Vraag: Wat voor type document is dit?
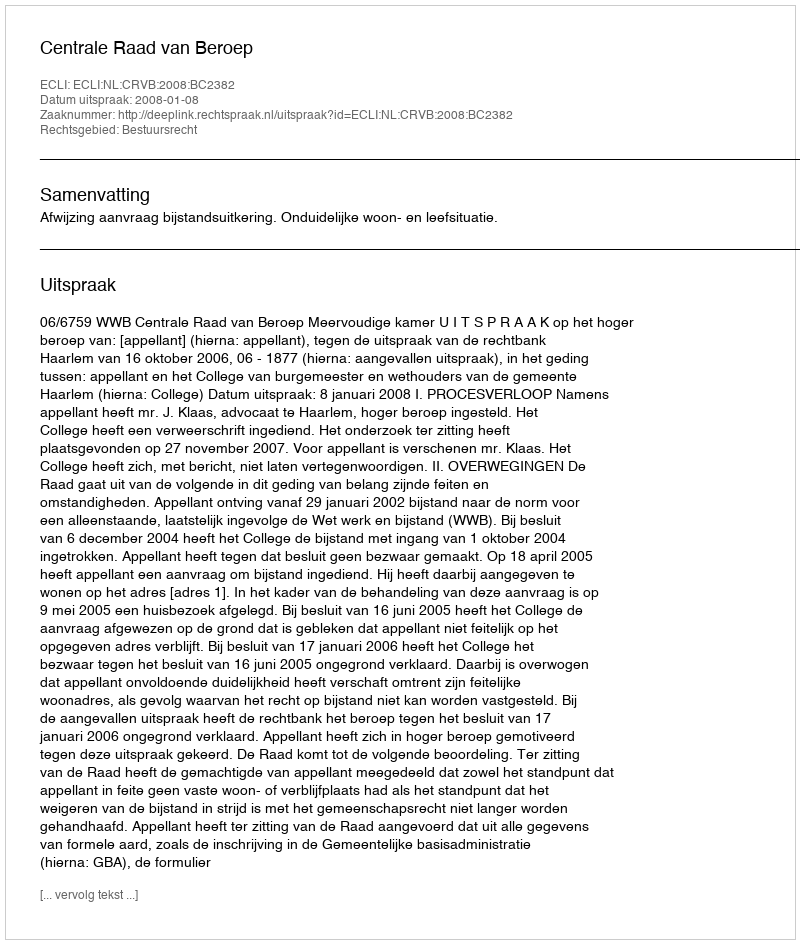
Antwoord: Uitspraak